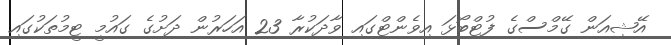
އޭޝިއަން ގޭމްސްގެ ފުޓްބޯޅަ އިވެންޓްގައި ވާދަކުރާ 23 އަހަރުން ދަށުގެ ގައުމީ ޓީމުތަކުގައި